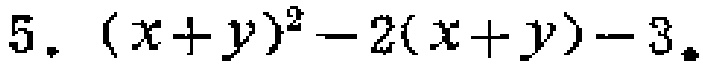
\(5.\ (x + y)^2 - 2(x + y) - 3\)